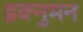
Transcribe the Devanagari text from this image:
इक्नुमन